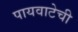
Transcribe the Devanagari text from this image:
पायवाटेची